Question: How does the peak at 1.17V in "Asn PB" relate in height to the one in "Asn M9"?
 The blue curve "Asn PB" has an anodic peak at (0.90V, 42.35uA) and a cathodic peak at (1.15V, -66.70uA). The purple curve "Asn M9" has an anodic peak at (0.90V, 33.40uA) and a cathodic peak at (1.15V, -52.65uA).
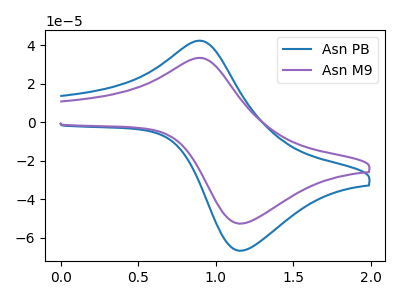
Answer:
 <answer>The peak at 1.17V is higher in "Asn PB" than in "Asn M9".</answer>
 <eval>higher</eval>